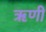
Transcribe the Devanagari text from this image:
ॠणी